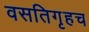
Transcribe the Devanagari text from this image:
वसतिगृहच